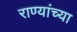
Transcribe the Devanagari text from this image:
राण्यांच्या